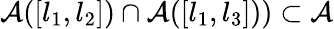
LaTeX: \mathcal{A}([l_{1},l_{2}])\cap\mathcal{A}([l_{1},l_{3}]))\subset\mathcal{A}